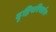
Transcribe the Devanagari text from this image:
दृष्टिपरिवर्तन